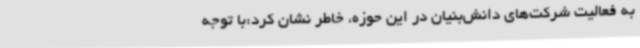
به فعالیت شرکت‌های دانش‌بنیان‌ در این حوزه، خاطر نشان کرد:با توجه